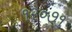
૧૨૦૭૧